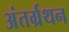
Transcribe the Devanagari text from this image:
अंतर्ग्रथन